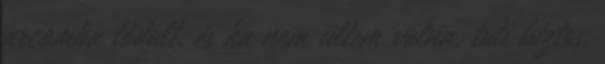
arcomba tódult, és ha nem ültem volna, tuti biztos,